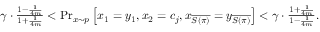
\begin{array} { r } { \gamma \cdot \frac { 1 - \frac { 1 } { 4 m } } { 1 + \frac { 1 } { 4 m } } < \operatorname* { P r } _ { x \sim p } \left[ x _ { 1 } = y _ { 1 } , x _ { 2 } = c _ { j } , x _ { \overline { { S ( \pi ) } } } = y _ { \overline { { S ( \pi ) } } } \right] < \gamma \cdot \frac { 1 + \frac { 1 } { 4 m } } { 1 - \frac { 1 } { 4 m } } . } \end{array}